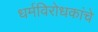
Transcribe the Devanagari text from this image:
धर्मविरोधकांचे